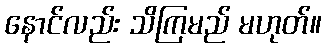
နောင်လည်း သိကြမည် မဟုတ်။